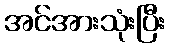
အင်အားသုံးပြီး